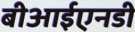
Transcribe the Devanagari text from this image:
बीआईएनडी